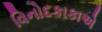
વિનોદકાકાએ